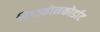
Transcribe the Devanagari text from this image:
रिच्स्कोनकोर्डाट